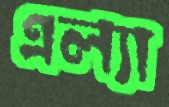
এল্যা